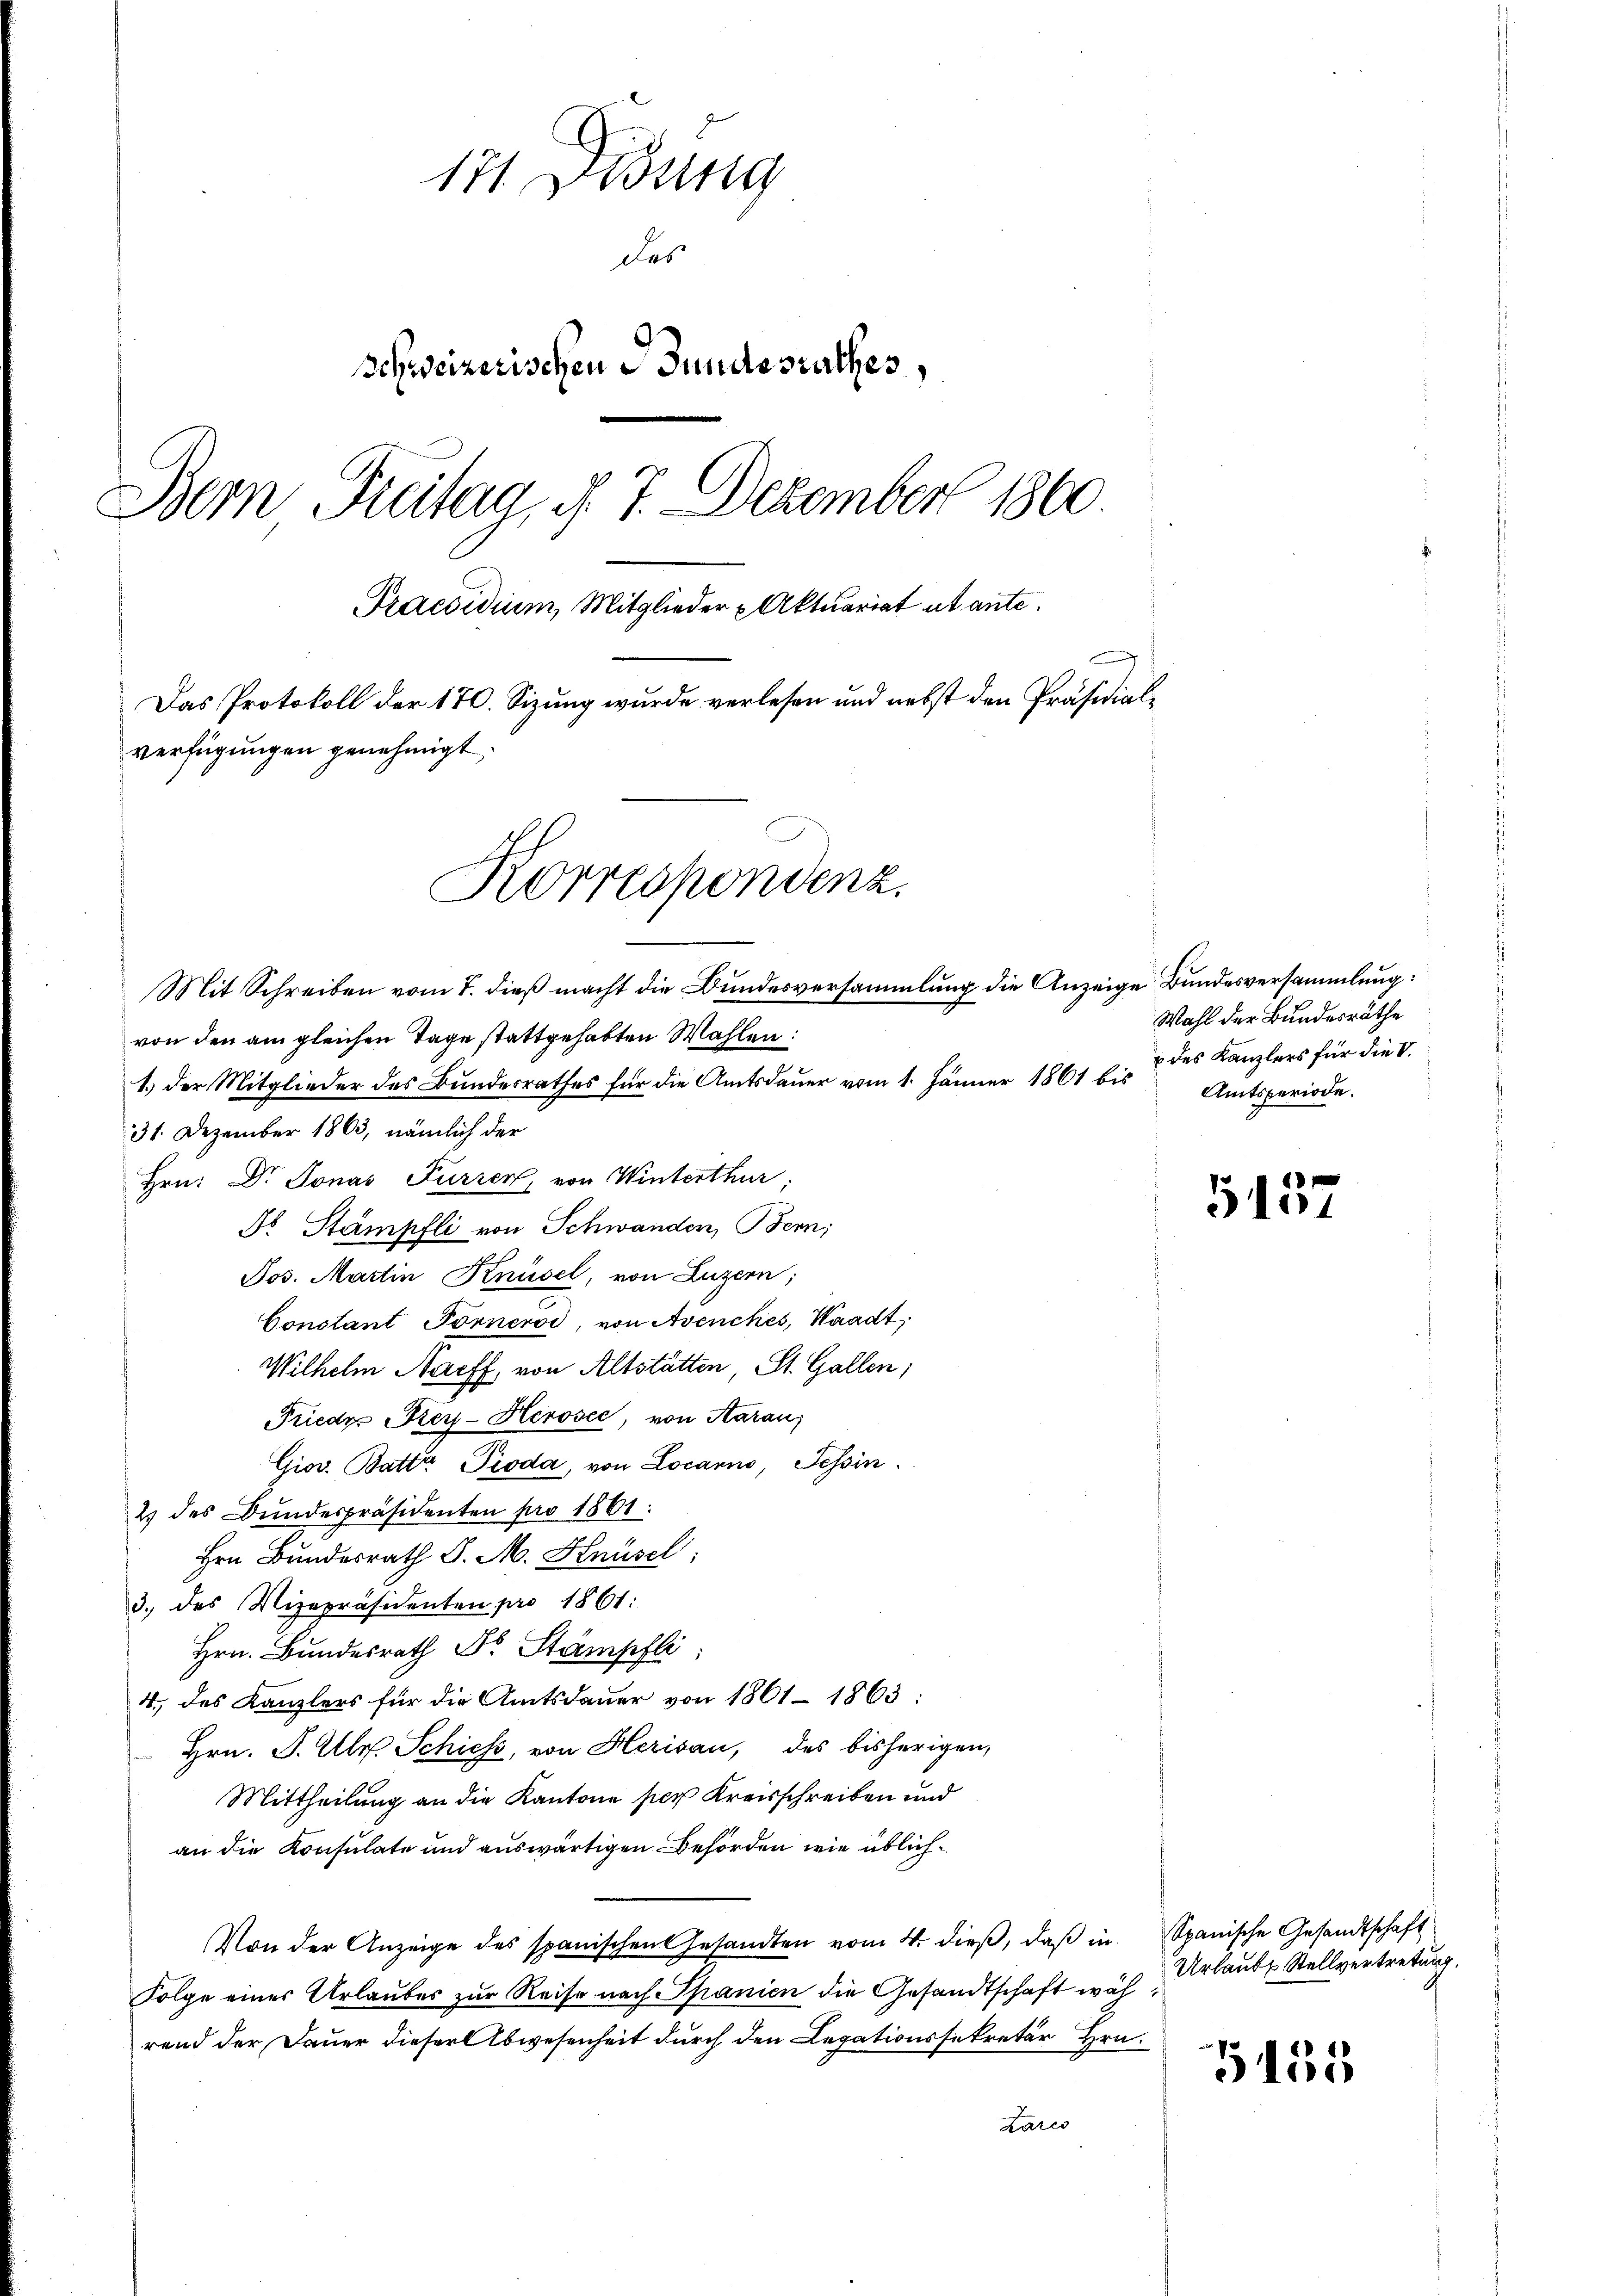
171 Didung
das
Schweizerischen Bundesrathes,
Bemn Freitag, d. 7. Dezember 1860.
Praesidium, Mitglieder Aktuariat et ante.
d
Das Protokoll der 170. Sizung wurde verlesen und nebst den Präsidialverfügungen genehmigt.
Korrespondenz.
Mit Schreiben vom 7. dieß macht die Bundesversammlung die Anzeige Bundesversammlung:
von den am gleichen Tage stattgehabten Wahlen:

1.) Der Mitglieder des Bundesrathes für die Amtsdauer vom 1. Jänner 1861 bis
31. Dezember 1863, nämlich der
Hrn. Dr Jonas Furrer, von Winterthur;
Fo Stämpfli von Schwanden, Bern;
Jos. Martin Knüsel, von Luzern;
Constant Förnerod, von Avenches, Waadt,
Wilhelm Nacff, von Altstätten, St. Gallen;
Frieder Kiey-Herosee, von Aarau
Giov. Batta Pioda, von Locarno, Tessin.
2 des Bunderpräsidenten pro 1861:
Hrn Bundesrath J. M. Knüsel;
3. des Vizepräsidenten pro 1861:
Hrn. Bundesrath Dr. Stämpfli
4., des Kanzlers für die Amtsdaŭer von 1861 - 1863:
 Hrn. F. Ulr. Schiess, von Herisau, des bisherigen,
Mittheilung an die Kantone per Kreisschreiben und
an die Konsulate und auswärtigen Behörden wie üblich¬
Von der Anzeige des spanischen Gesandten vom 4. dieβ, daβ in Spanische Gesandtschaft
Folge eines Urlaubes zur Reise nach Spanien die Gesandtschaft wäh
rend der Dauer dieser Abwesenheit durch den Legationssekretär Hrn.
Lares

Wahl der Bundesräthe
des Kanzlers für die V
Amtsperiode.

5157

Urlaubt Stellvertretung.

G155